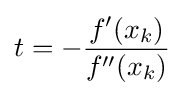
t=-{\frac {f'(x_{k})}{f''(x_{k})}}